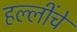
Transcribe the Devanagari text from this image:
हल्लींचे